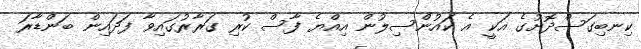
ކިނބިގަސްދޮށުގެ އަކީ އެ ކައުންސިލުން އިއްޔެ ފާސް ކުރި ގަރާރުގައިވާ ފަދައިން ބަންޑާރަ